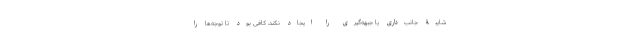
شایبۀ جانب‌داری یا جبهه‌گیری را ایجاد نکند، کافی بود تا توجه‌ها را